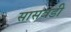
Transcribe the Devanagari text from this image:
सासवडी